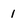
Character: 1